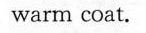
warm coat.